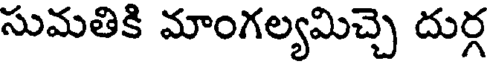
సుమతికి మాంగల్యమిచ్చెి దుర్గ